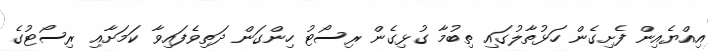
އިއްޔެއިން ފެށިގެން ހަޅުތާލުގައި ތިބުމާ ގުޅިގެން ރިސޯޓު ހިންގަން ދަތިވެފައިވާ ކަމަށާއި ރިސޯޓުގެ